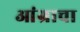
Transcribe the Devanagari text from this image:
आंग्राचा